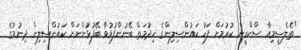
"ތެލެސީމިއާ ސްކްރީން ކުރުމަށް ފަހު ކައުންސިލިންގެ ހިދުމަތް ބޭނުންފުޅުވާ ބޭފުޅުންނަށް ކައުންސިލިން ދިނުމުގެ